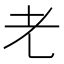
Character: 𰭧